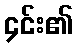
၄င်း၏